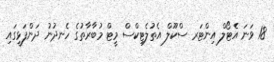
18 ވަނަ އެޓޯލް އިންޓަރ ސްކޫލް އެތުލެޓިކްސް މީޓް މުބާރާތުގެ ހެނދުނު ދަންފަޅީގައި